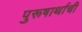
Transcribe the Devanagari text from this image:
पुरूषार्थाची